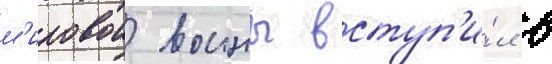
м'ировои воины вступ'и́л в